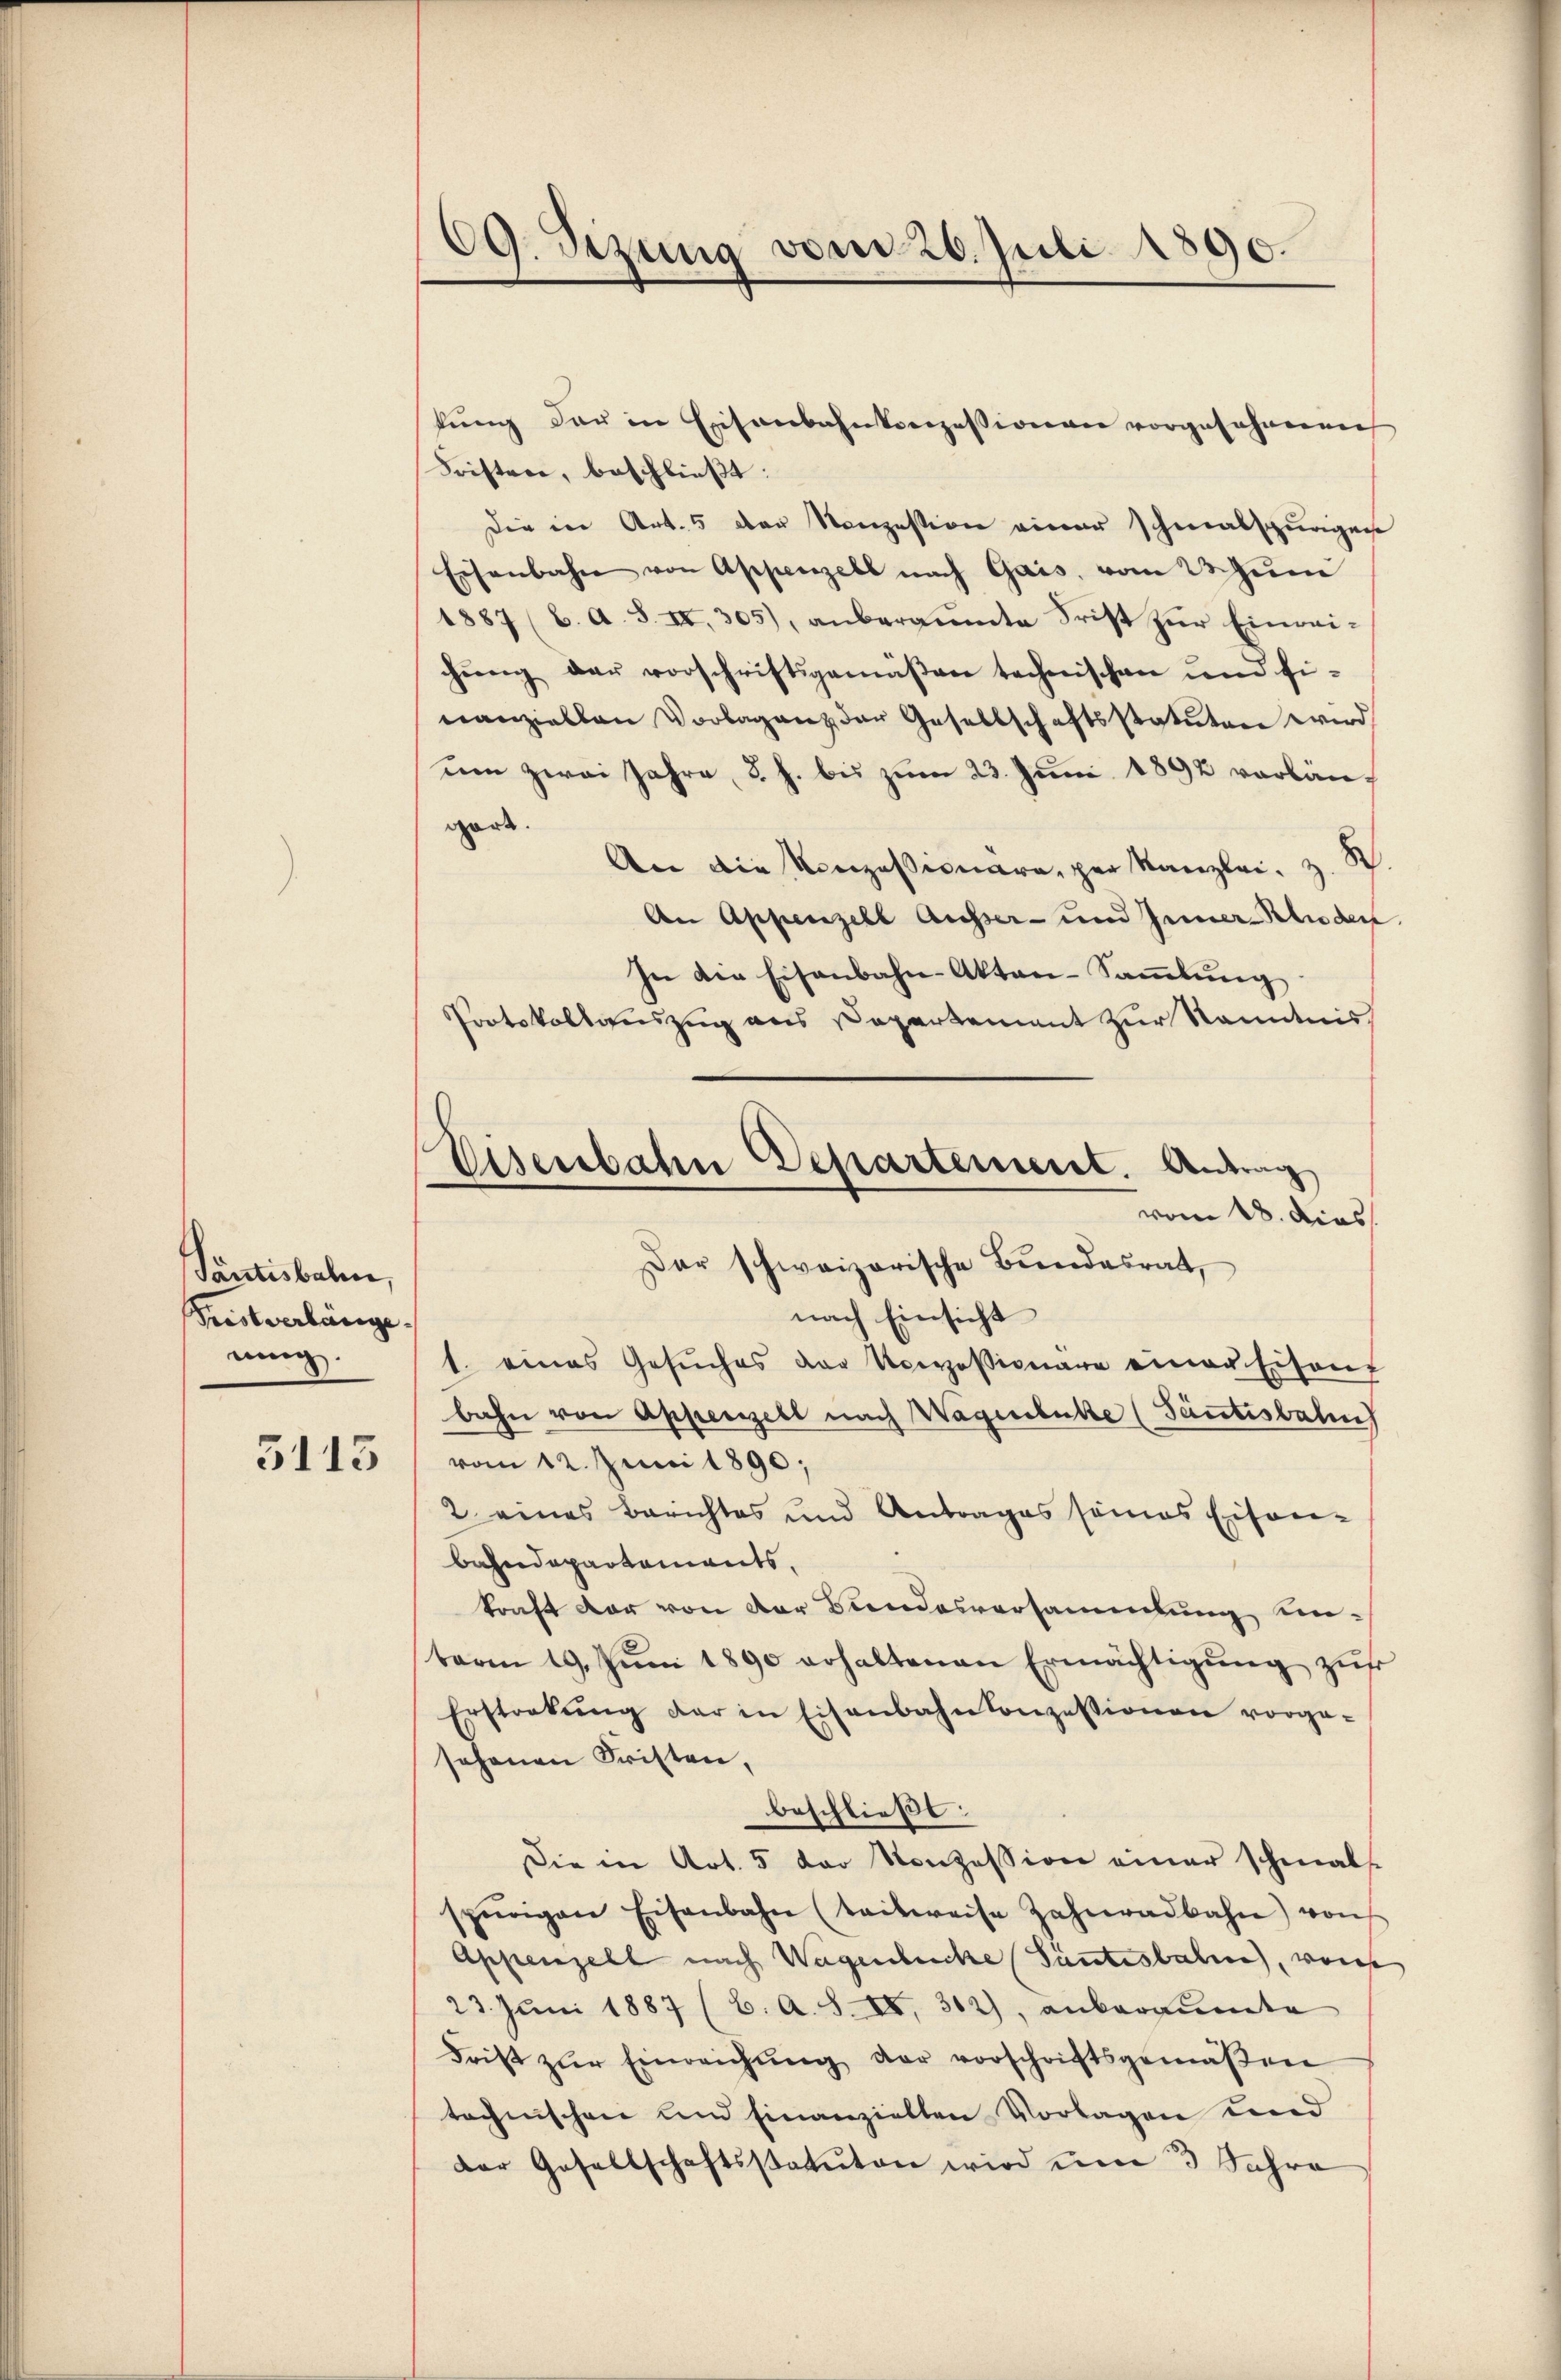
Tantisbahn,
Tristverlänge.
ning.
3113

CG. Sizung vom 26. Juli 1890.

kŭng der in Eisenbahnkonzessionen vorgesehnen
Fristen, beschließt:
Die in Art. 5 der Konzession einer schmalspurigen
Eisenbahn von Appenzell nach Gais, vom 23 un
1887 (l. A. S. II. 305), anberaŭmte Frist zŭr Einreichung der vorschriftsgemäßen technischen und finanziellen Vorbaganz der Gesellschaftsstatuten wird,
um zwei Jahre, d. h. bis zum 23. Juni 1892 vorläuf
gart.
An die Konzessionare, per Kanzlei, z. B.
An Appenzell Ausser- und Inner-Schieden.
In die Eisenbahn-Akten-Saṁlŭng
Protokollauszug aus Departement zur Kenntnis
Dar schweizerische Bŭndesrat,
nach Einsicht
1. eines Gesŭches der Vorressionäre einer Eisen
bahn von Appenzell nach Wagenbuche (Tantisbahn
vom 12. Juni 1890;
2 eines Berichtes und Antrages seines Eisen-
bahndepartaments,
kraft der von der Bundesversammlung unterm 19. Juni 1890 erhaltenen Ermächtigŭng zus
Ersteckŭng der in Eisenbahnkonzessionen vorge-
sehenen Fristen,
beschließt:
Die in Art. 5 der Konzession einer schmals
spurigen Eisenbahn (teilweise Zahnradbahn von
Appenzell nach Wagenbecke (Tantesbahnen, wor
23. Juni 1887 (C. A. S. II, 302), ankarpundte
dritt zŭr Einreichŭng der vorschriftsgemäβen
technischen und Einanzielten Vorlagen und
der Gesellschaftsstatuten wird um 3 Jahre

Eisenbahn Departement. Antrag
vom 18. dies